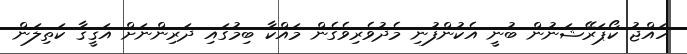
ހައްޖު ކޯޕަރޭޝަނުން ބުނީ އެކުންފުނި މެދުވެރިވެގެން މައްކާ ބިމުގައި ދަރިންނަށް އަޤީޤާ ކަތިލަން